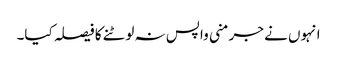
انہوں نے جرمنی واپس نہ لوٹنے کا فیصلہ کیا۔